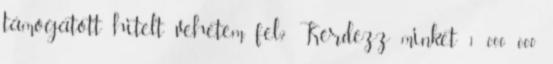
támogatott hitelt vehetem fel? Kérdezz minket 1 000 000